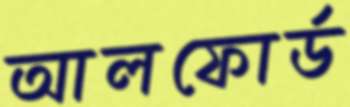
আলফোর্ড